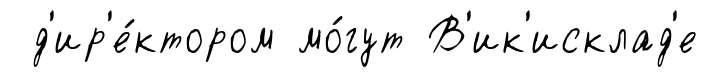
д'ир'е́ктором мо́гут В'ик'исклад'е